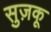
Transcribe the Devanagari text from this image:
सुज़कू